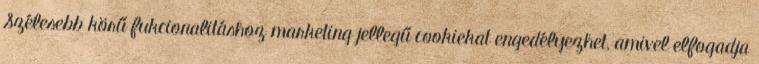
Szélesebb körű fukcionalitáshoz marketing jellegű cookiekat engedélyezhet, amivel elfogadja